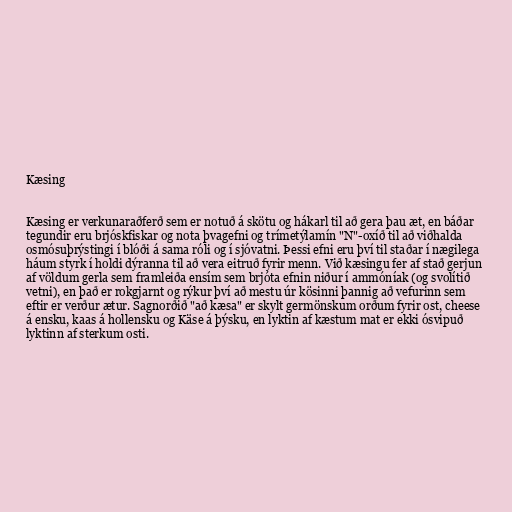
Kæsing

Kæsing er verkunaraðferð sem er notuð á skötu og hákarl til að gera þau æt, en báðar
tegundir eru brjóskfiskar og nota þvagefni og trímetýlamín "N"-oxíð til að viðhalda
osmósuþrýstingi í blóði á sama róli og í sjóvatni. Þessi efni eru því til staðar í nægilega
háum styrk í holdi dýranna til að vera eitruð fyrir menn. Við kæsingu fer af stað gerjun
af völdum gerla sem framleiða ensím sem brjóta efnin niður í ammóníak (og svolítið
vetni), en það er rokgjarnt og rýkur því að mestu úr kösinni þannig að vefurinn sem
eftir er verður ætur. Sagnorðið "að kæsa" er skylt germönskum orðum fyrir ost, cheese
á ensku, kaas á hollensku og Käse á þýsku, en lyktin af kæstum mat er ekki ósvipuð
lyktinn af sterkum osti.